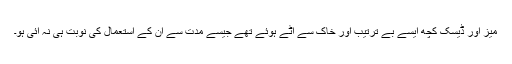
میز اور ڈیسک کچھ ایسے بے ترتیب اور خاک سے اٹے ہوئے تھے جیسے مدت سے ان کے استعمال کی نوبت ہی نہ آئی ہو۔